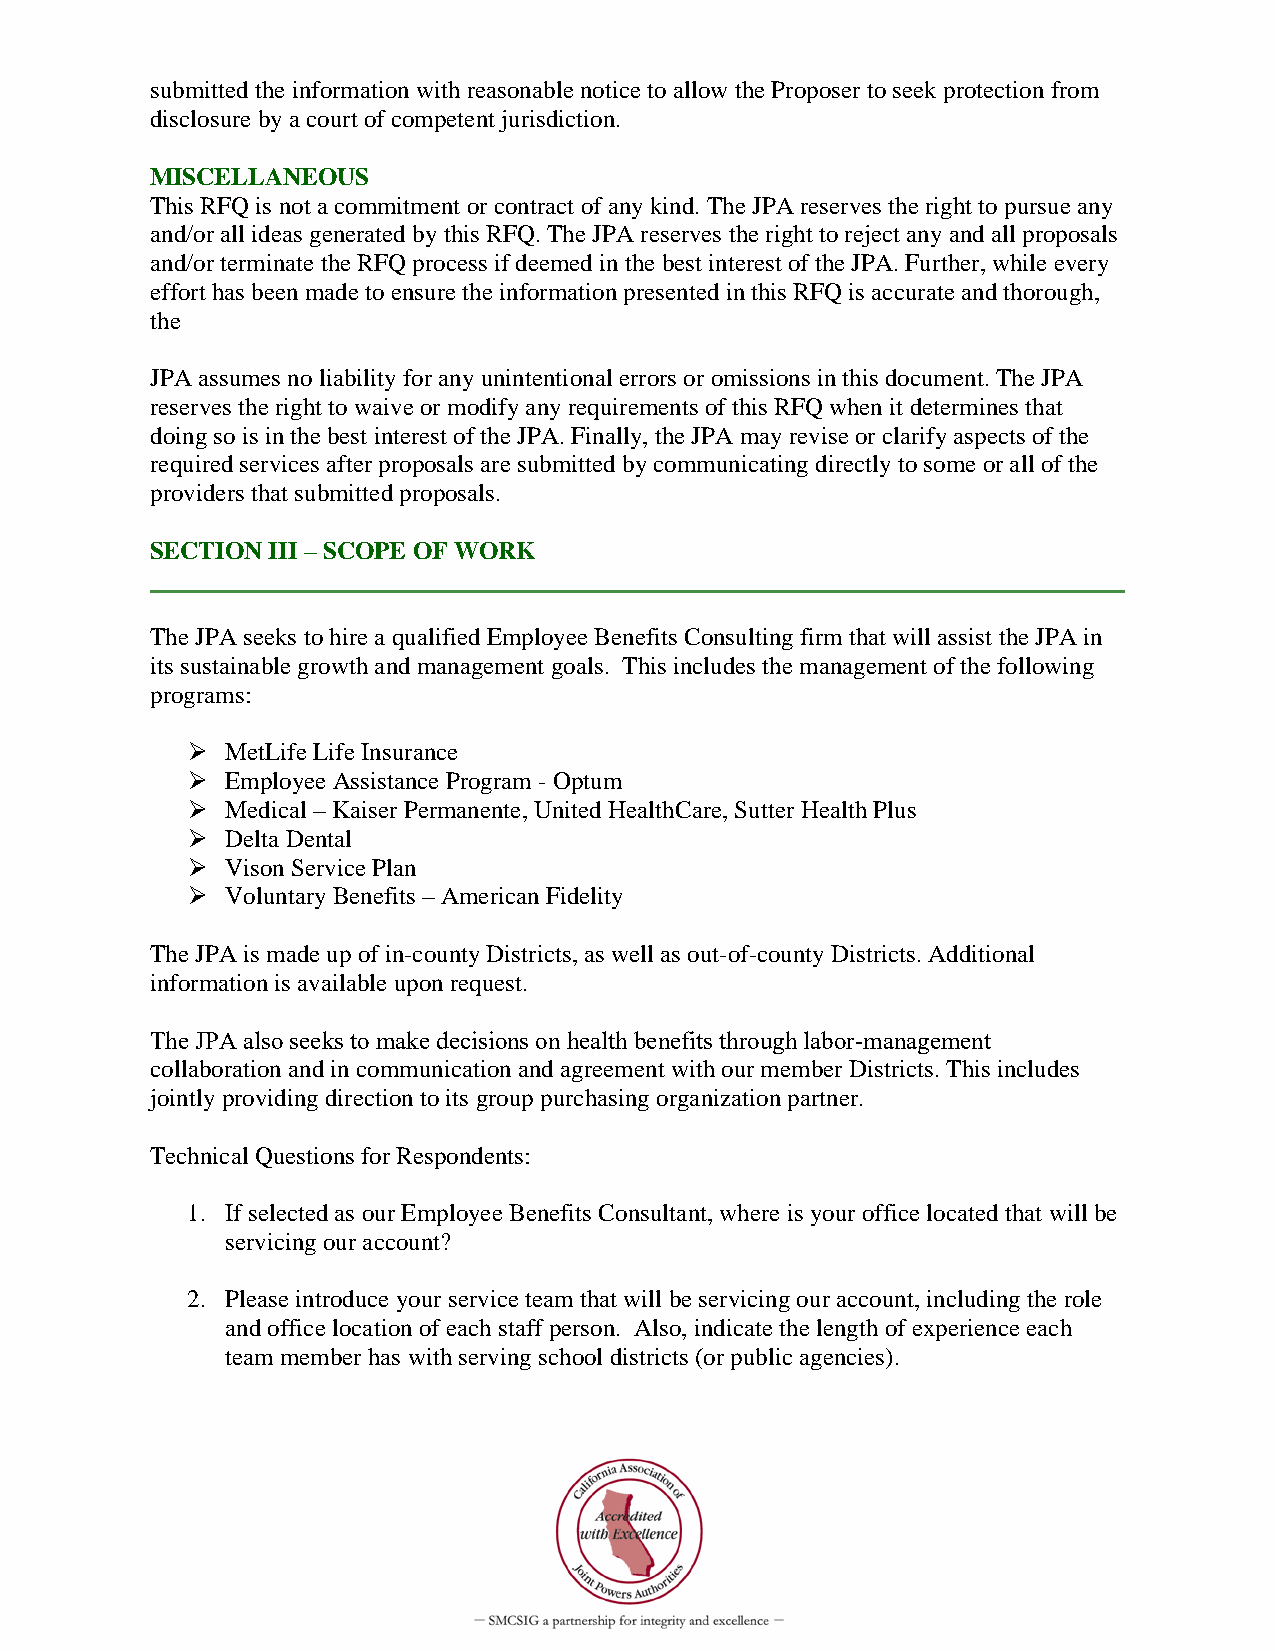
submitted the information with reasonable notice to allow the Proposer to seek protection from
 disclosure by a court of competent jurisdiction.
 MISCELLANEOUS
 This RFQ is not a commitment or contract of any kind. The JPA reserves the right to pursue any
 and/or all ideas generated by this RFQ. The JPA reserves the right to reject any and all proposals
 and/or terminate the RFQ process if deemed in the best interest of the JPA. Further, while every
 effort has been made to ensure the information presented in this RFQ is accurate and thorough,
 the
 JPA assumes no liability for any unintentional errors or omissions in this document. The JPA
 reserves the right to waive or modify any requirements of this RFQ when it determines that
 doing so is in the best interest of the JPA. Finally, the JPA may revise or clarify aspects of the
 required services after proposals are submitted by communicating directly to some or all of the
 providers that submitted proposals.
 SECTION III – SCOPE OF WORK
 The JPA seeks to hire a qualified Employee Benefits Consulting firm that will assist the JPA in
 its sustainable growth and management goals. This includes the management of the following
 programs:
   MetLife Life Insurance
   Employee Assistance Program - Optum
   Medical – Kaiser Permanente, United HealthCare, Sutter Health Plus
   Delta Dental
   Vison Service Plan
   Voluntary Benefits – American Fidelity
 The JPA is made up of in-county Districts, as well as out-of-county Districts. Additional
 information is available upon request.
 The JPA also seeks to make decisions on health benefits through labor‐management
 collaboration and in communication and agreement with our member Districts. This includes
 jointly providing direction to its group purchasing organization partner.
 Technical Questions for Respondents:
 1. If selected as our Employee Benefits Consultant, where is your office located that will be
 servicing our account?
 2. Please introduce your service team that will be servicing our account, including the role
 and office location of each staff person. Also, indicate the length of experience each
 team member has with serving school districts (or public agencies).